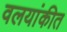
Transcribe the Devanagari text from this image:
वलयांकीत